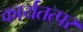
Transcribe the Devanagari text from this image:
कार्यतत्‍पर